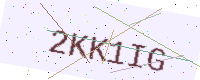
Text: 2KK1IG